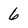
Character: 6